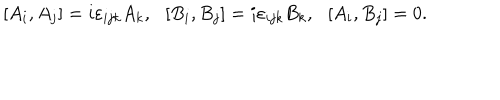
LaTeX: \left[ A _ { i } , A _ { j } \right] = i \varepsilon _ { i j k } A _ { k } , ~ ~ \left[ B _ { i } , B _ { j } \right] = i \varepsilon _ { i j k } B _ { k } , ~ ~ \left[ A _ { i } , B _ { j } \right] = 0 .